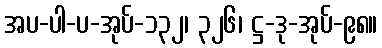
အပ-ပါ-ပ-အုပ်-၁၃၂၊ ၃၂၆၊ ဋ္ဌ-ဒု-အုပ်-၉၈။